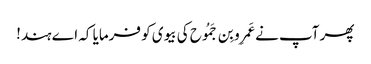
پھر آپ نے عَمرِو بِن جَمُوح کی بیوی کو فرمایا کہ اے ہند!